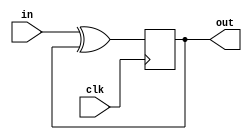
module top_module (
    input clk,
    input in,
    output reg out
);

wire d;
assign d = in ^ out;
always @(posedge clk)
    out <= d;

endmodule